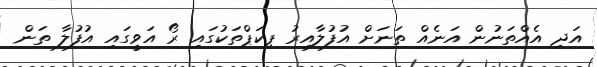
އަދި އެއްތަނުން އަނެއް ތަނަށް އުފުލާއިރު ޕިކަޕްތަކުގައި ރޯ އަވީގައި އުފުލާ ތަން